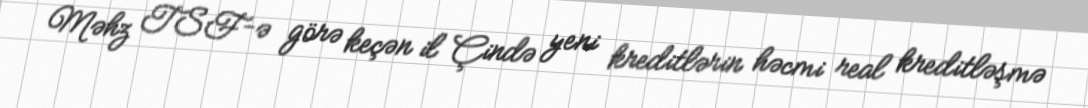
Məhz TSF-ə görə keçən il Çində yeni kreditlərin həcmi real kreditləşmə